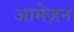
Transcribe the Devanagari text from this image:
आमेज़न